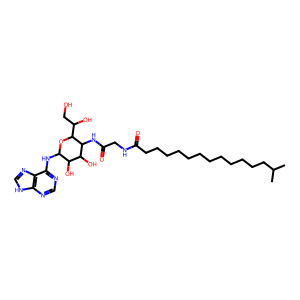
SMILES: CC(C)CCCCCCCCCCCCC(=O)NCC(=O)NC1C(O)C(O)C(Nc2ncnc3[nH]cnc23)OC1C(O)CO
Inhibits HIV replication: No